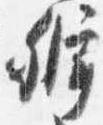
弁